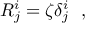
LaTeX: R _ { j } ^ { i } = \zeta \delta _ { j } ^ { i } \ \ ,